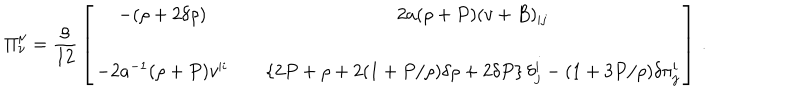
\Pi _ { \nu } ^ { \mu } = { \frac { \rho } { 1 2 } } \left[ \begin{array} { c c c } { { - ( \rho + 2 \delta \rho ) } } & { { } } & { { 2 a ( \rho + P ) ( v + B ) _ { | j } } } \\ { { } } & { { } } & { { } } \\ { { - 2 a ^ { - 1 } ( \rho + P ) v ^ { | i } } } & { { } } & { { \left\{ 2 P + \rho + 2 ( 1 + P / \rho ) \delta \rho + 2 \delta P \right\} \delta _ { j } ^ { i } - ( 1 + 3 P / \rho ) \delta \pi _ { j } ^ { i } } } \\ \end{array} \right] \, .